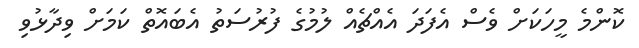
ކޮންމެ މީހަކަށް ވެސް އެފަދަ އެއްޗެއް ލުމުގެ ފުރުސަތު އެބައޮތް ކަމަށް ވިދާޅުވި